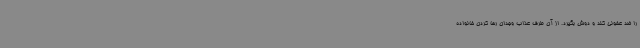
را ضد عفونی کند و دوش بگیرد. از آن طرف عذاب وجدان رها کردن خانواده